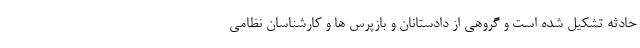
حادثه تشکیل شده است و گروهی از دادستانان و بازپرس ها و کارشناسان نظامی